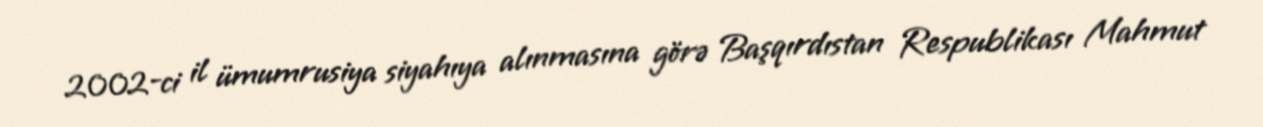
2002-ci il ümumrusiya siyahıya alınmasına görə Başqırdıstan Respublikası Mahmut